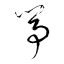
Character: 箏